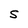
Character: S